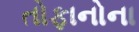
તોફાનોના